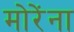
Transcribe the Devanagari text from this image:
मोरेंना